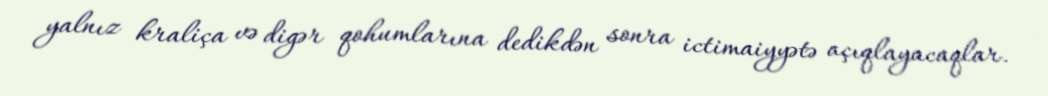
yalnız kraliça və digər qohumlarına dedikdən sonra ictimaiyyətə açıqlayacaqlar.